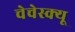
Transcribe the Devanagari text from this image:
चेचेस्क्यू